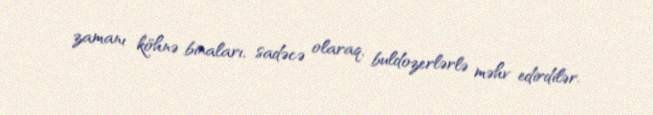
zamanı köhnə binaları, sadəcə olaraq, buldozerlərlə məhv edirdilər.